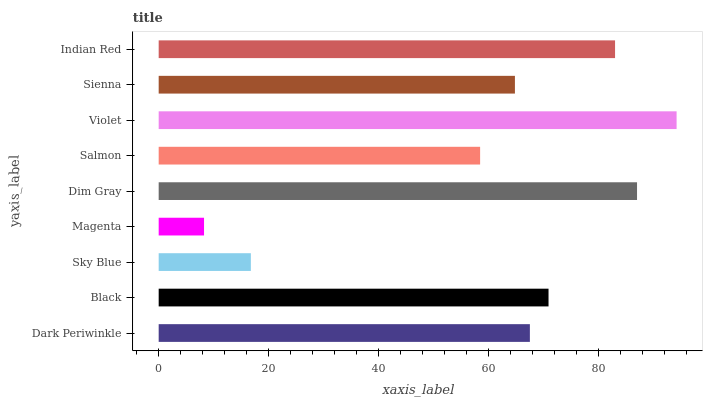
| yaxis_label | bars |
 | --- | --- |
 | Dark Periwinkle | 67.5 |
 | Black | 70.9 |
 | Sky Blue | 16.8 |
 | Magenta | 8.25 |
 | Dim Gray | 87 |
 | Salmon | 58.4 |
 | Violet | 94.2 |
 | Sienna | 64.8 |
 | Indian Red | 83 |